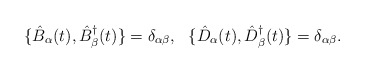
\begin{align*}\{ \hat{B}_{\alpha}(t), \hat{B}^{\dagger}_{\beta}(t) \} =\delta_{\alpha \beta},~~ \{ \hat{D}_{\alpha}(t),\hat{D}^{\dagger}_{\beta}(t) \} = \delta_{\alpha \beta}.\end{align*}